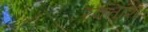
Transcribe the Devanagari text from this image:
रक्‍तांश